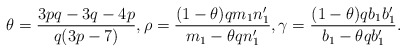
\begin{align*}\theta = \frac{3pq-3q-4p}{q(3p-7)}, \rho= \frac{(1-\theta)qm_1 n'_1}{m_1-\theta q n'_1}, \gamma=\frac{(1-\theta)q b_1 b'_1}{b_1-\theta qb'_1}.\end{align*}